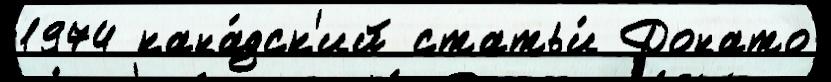
1974 кана́дск'ий статьи́ Донато